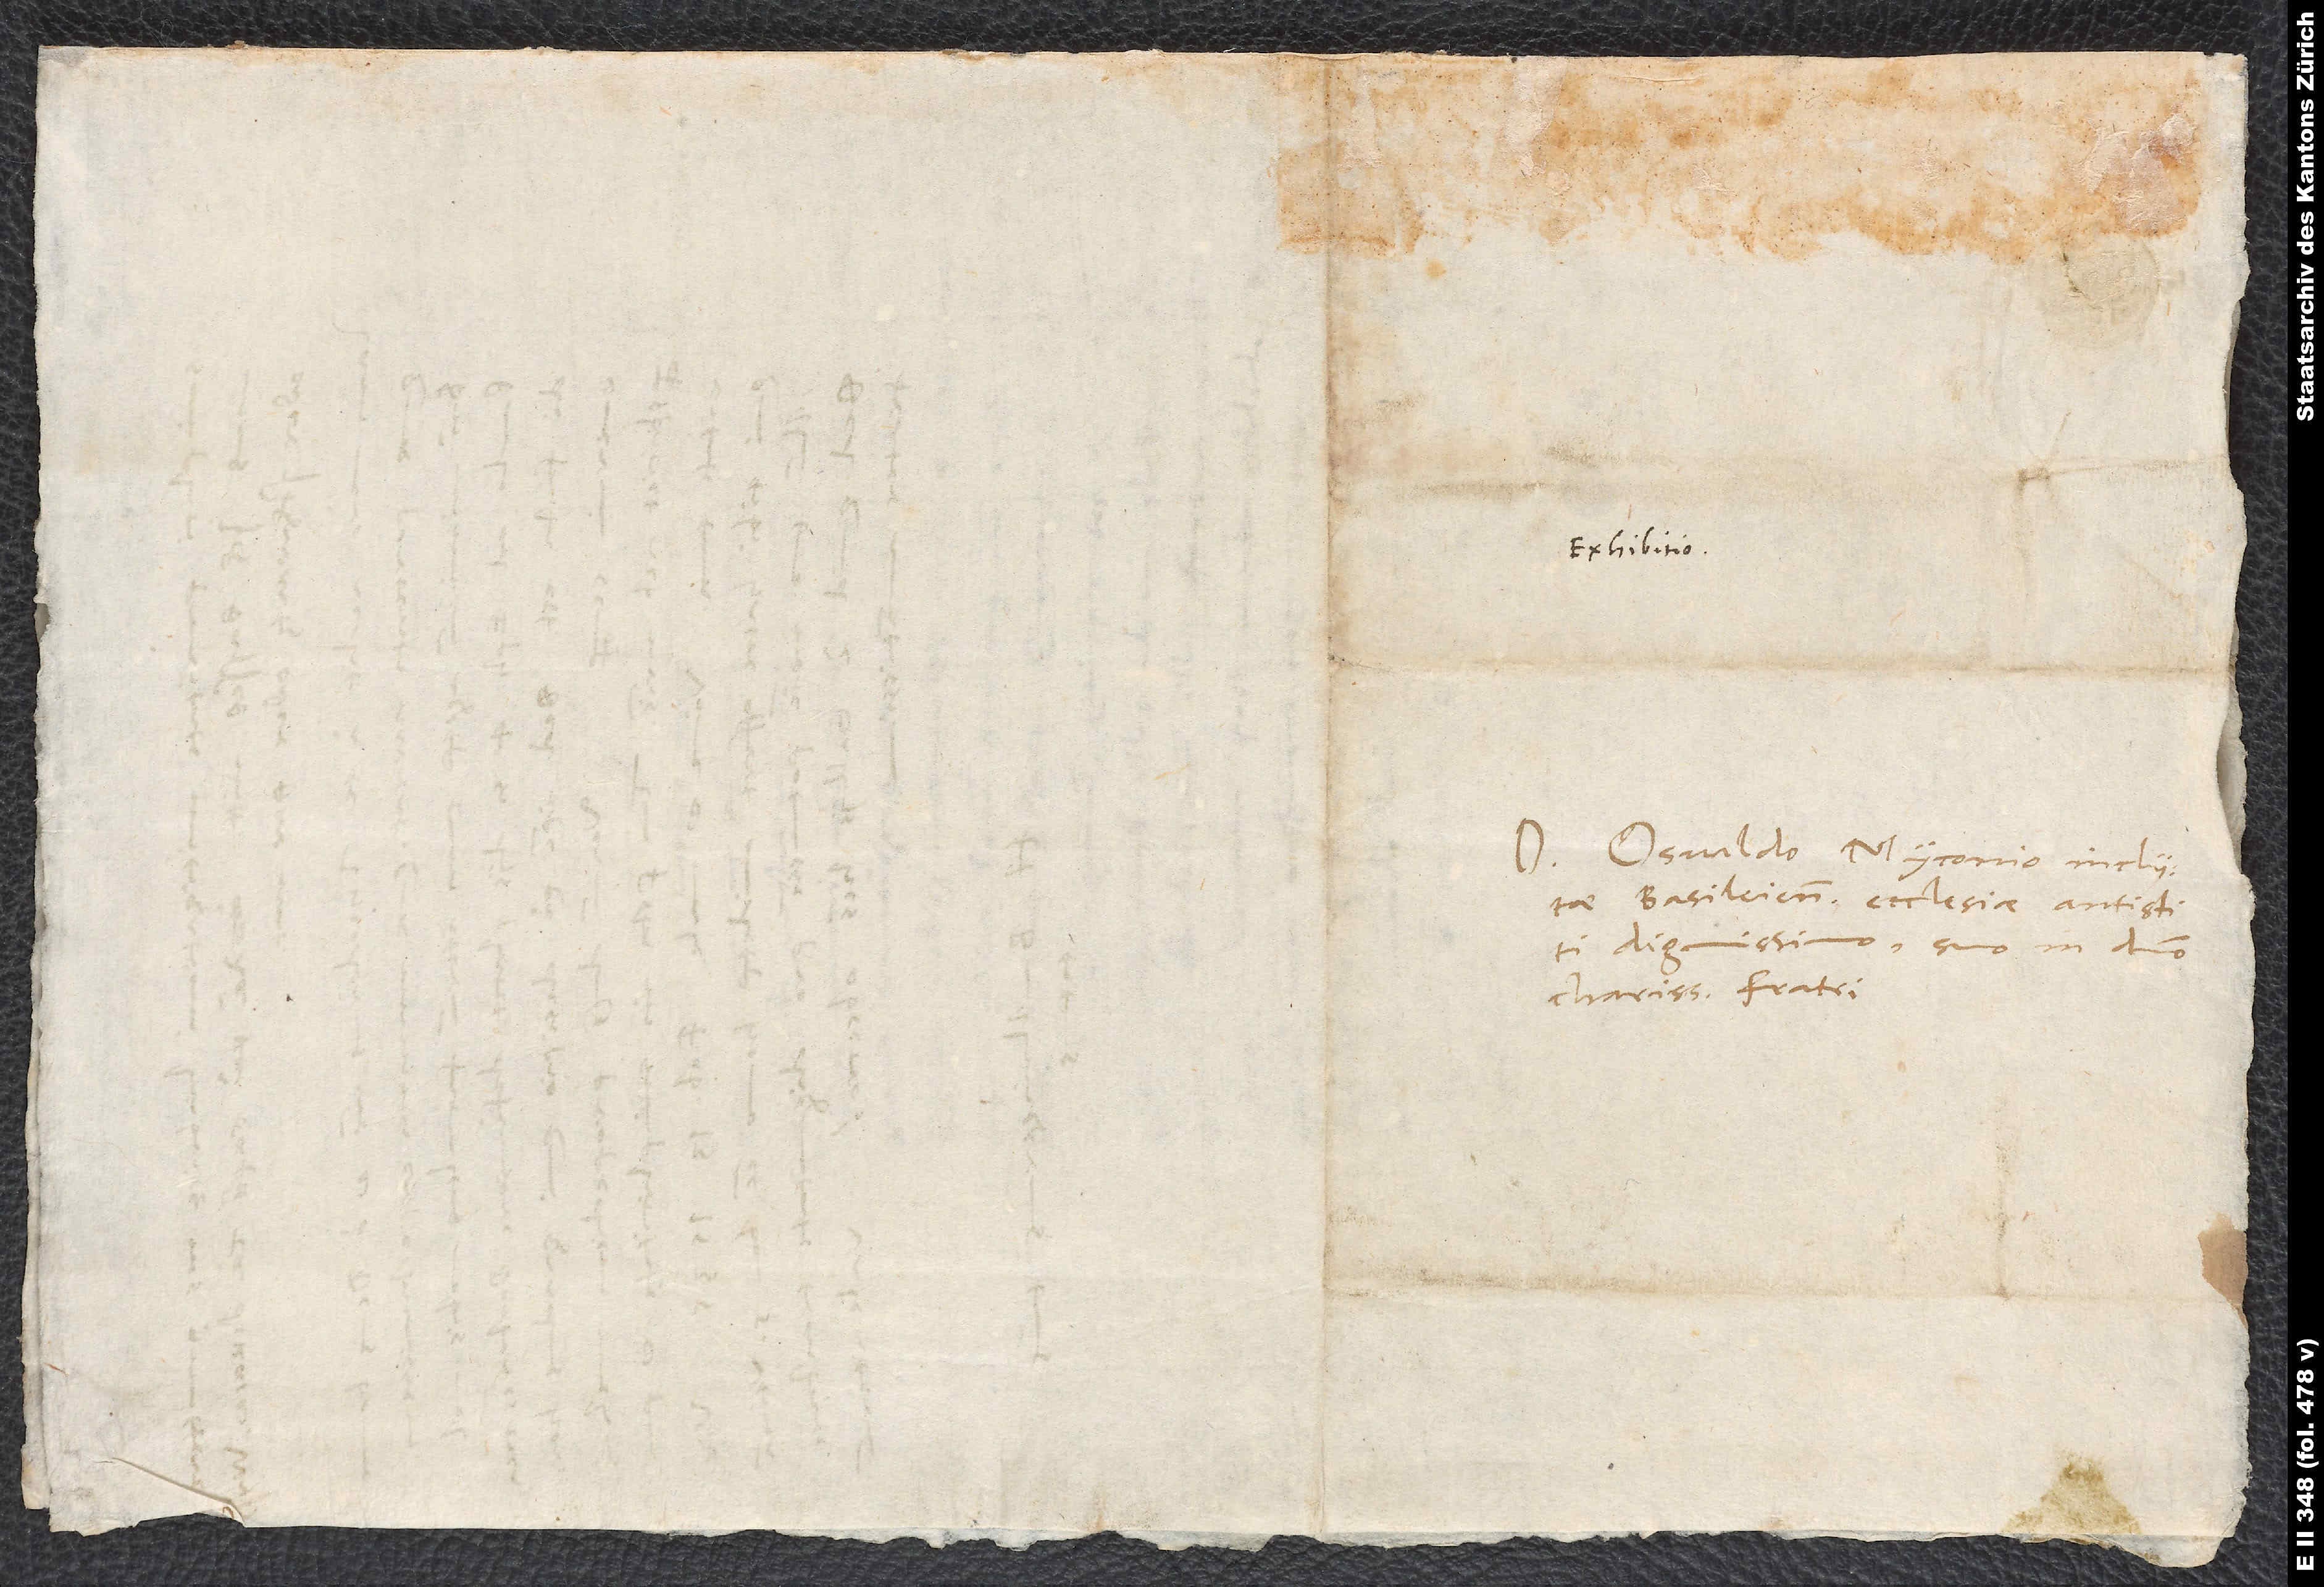
Domino Osvaldo Myconio, inclytae
Basileiensis ecclesiae antistiti
dignissimo, suo in domino
charissimo fratri.